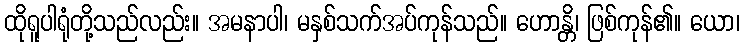
ထိုရူပါရုံတို့သည်လည်း။ အမနာပါ၊ မနှစ်သက်အပ်ကုန်သည်။ ဟောန္တိ၊ ဖြစ်ကုန်၏။ ယော၊